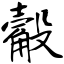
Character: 觳